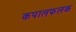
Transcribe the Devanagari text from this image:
कपालफलक